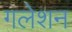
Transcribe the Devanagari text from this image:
गलेशन